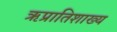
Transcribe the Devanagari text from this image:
ऋप्रातिशाख्य